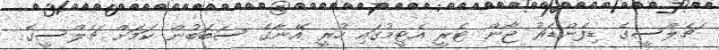
ޗެލްސީގެ ޑިފެންޑަރު ޖޯން ޓެރީ އެޓީމުގައި ހުރީ އޭނާގެ ސަބަބުން ކަމަށް ޗެލްސީގެ